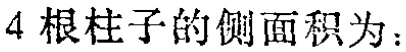
$4\text{ 根柱子的侧面积为：}$